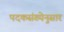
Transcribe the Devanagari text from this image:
पदकसंख्येनुसार